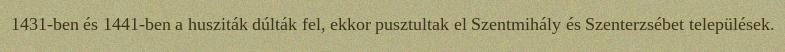
1431-ben és 1441-ben a husziták dúlták fel, ekkor pusztultak el Szentmihály és Szenterzsébet települések.